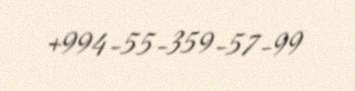
+994-55-359-57-99